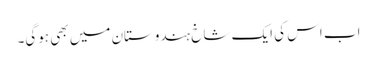
اب اس کی ایک شاخ ہندوستان میں بھی ہوگی۔